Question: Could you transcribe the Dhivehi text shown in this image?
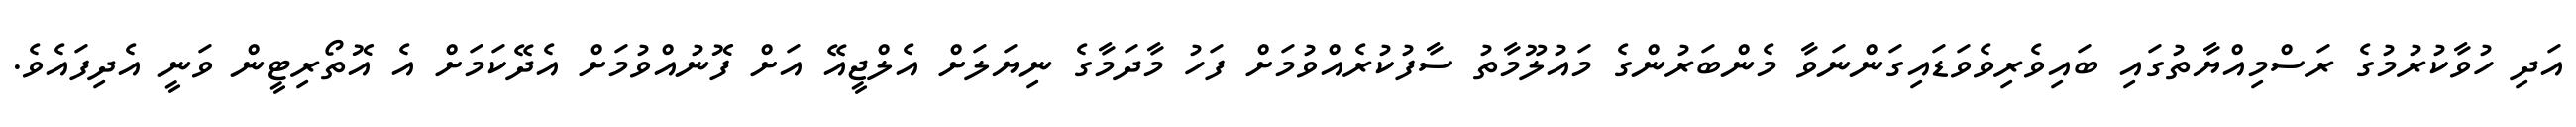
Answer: އަދި ހުވާކުރުމުގެ ރަސްމިއްޔާތުގައި ބައިވެރިވެވަޑައިގަންނަވާ މެންބަރުންގެ މައުލޫމާތު ސާފުކުރެއްވުމަށް ފަހު މާދަމާގެ ނިޔަލަށް އެލްޖީއޭ އަށް ފޮނުއްވުމަށް އެދޭކަމަށް އެ އޮތޯރިޓީން ވަނީ އެދިފައެވެ.